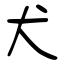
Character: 犬